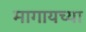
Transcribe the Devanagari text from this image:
मागायच्या